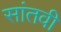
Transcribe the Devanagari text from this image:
सांतवी